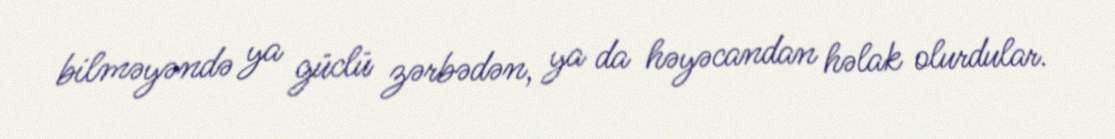
bilməyəndə ya güclü zərbədən, ya da həyəcandan həlak olurdular.